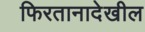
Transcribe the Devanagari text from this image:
फिरतानादेखील